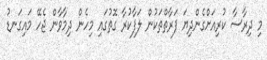
މި ދިރާސާ ކުރިއަށްގެންދިޔަ ފަރާތްތަކުން ލަފާކުރާ ގޮތުގައި މިހެން ދިމާވާން ޖެހޭ މައިގަނޑު